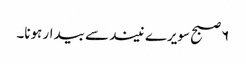
۶ صبح سویرے نیند سے بیدار ہونا۔